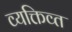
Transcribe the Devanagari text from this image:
व्यक्तिव्त